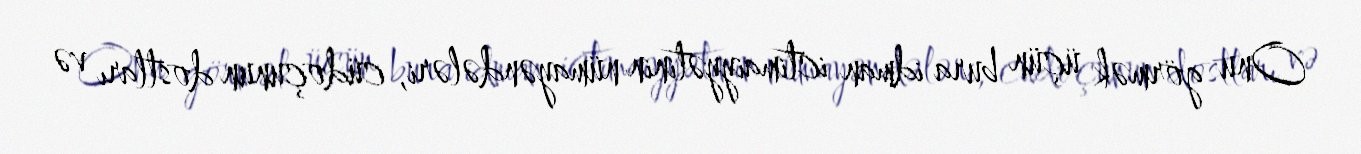
Onu görmək üçün bura idman ictimaiyyətinin nümayəndələri, cüdoçunun dostları və